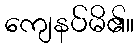
ကျေနပ်မိ၏။